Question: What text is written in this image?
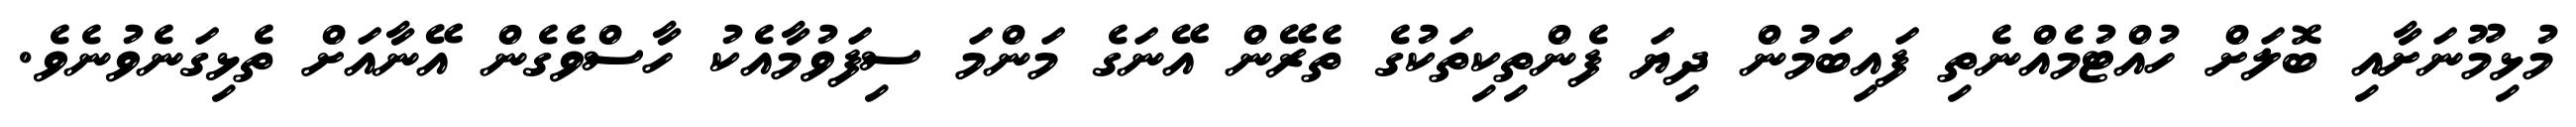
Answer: މުޅިމޫނަށާއި ބޮލަށް ހުއްޓުމެއްނެތި ފައިބަމުން ދިޔަ ފެންތިކިތަކުގެ ތެރޭން އޭނަގެ މަންމަ ސިފަވުމާއެކު ހާސްވެގެން އޭނާއަށް ތެޅިގަނެވުނެވެ.